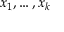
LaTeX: x _ { 1 } , \dots , x _ { k }